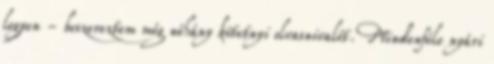
legyen - beszereztem még néhány kötetnyi olvasnivalót. Mindenféle nyári